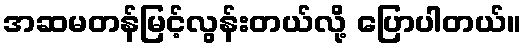
အဆမတန်မြင့်လွန်းတယ်လို့ ပြောပါတယ်။